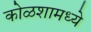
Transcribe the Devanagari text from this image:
कोळशामध्ये